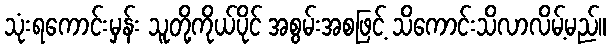
သုံးရကောင်းမှန်း သူတို့ကိုယ်ပိုင် အစွမ်းအစဖြင့် သိကောင်းသိလာလိမ့်မည်။